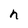
Character: n